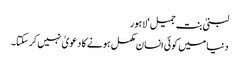
لبنیٰ بنت جمیل‘لاہور
دنیا میں کوئی انسان مکمل ہونے کا دعویٰ نہیں کرسکتا۔